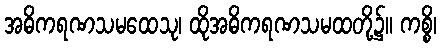
အဓိကရဏသမထေသု၊ ထိုအဓိကရဏသမထတို့၌။ ကစ္စိ၊